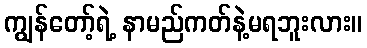
ကျွန်တော့်ရဲ့ နာမည်ကတ်နဲ့မရဘူးလား။